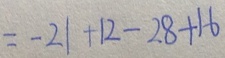
= - 2 1 + 1 2 - 2 8 + 1 6